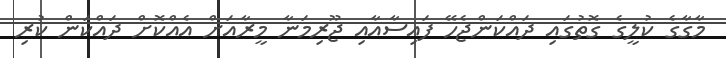
މާގާގެ ކުލީގެ ގޮތުގައި ދައްކަންޖެހޭ ފައިސާއާއި ޖޫރިމަނާ މީރާއަށް އެއްކޮށް ދައްކަން ކުރި